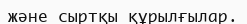
және сыртқы құрылғылар.